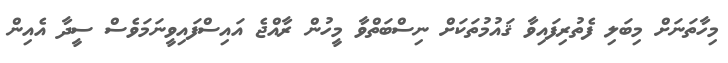
މިހާތަނަށް މިބަލި ފެތުރިފައިވާ ޤައުމުތަކަށް ނިސްބަތްވާ މީހުން ރާއްޖެ އައިސްފައިވީނަމަވެސް ސީދާ އެއިން